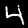
Label: 4